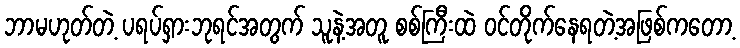
ဘာမဟုတ်တဲ့ ပရပ်ရှားဘုရင်အတွက် သူနဲ့အတူ စစ်ကြီးထဲ ဝင်တိုက်နေရတဲ့အဖြစ်ကတော့